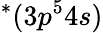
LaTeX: ^{*}(3p^{5}4s)